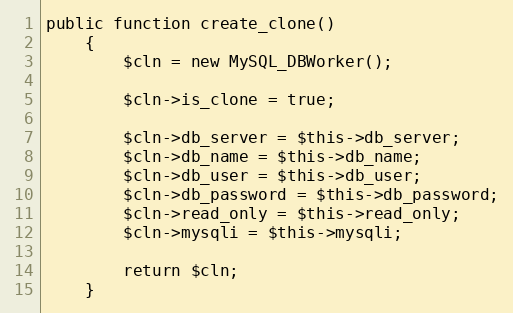
Language: PHP
public function create_clone()
    {
        $cln = new MySQL_DBWorker();

        $cln->is_clone = true;

        $cln->db_server = $this->db_server;
        $cln->db_name = $this->db_name;
        $cln->db_user = $this->db_user;
        $cln->db_password = $this->db_password;
        $cln->read_only = $this->read_only;
        $cln->mysqli = $this->mysqli;

        return $cln;
    }